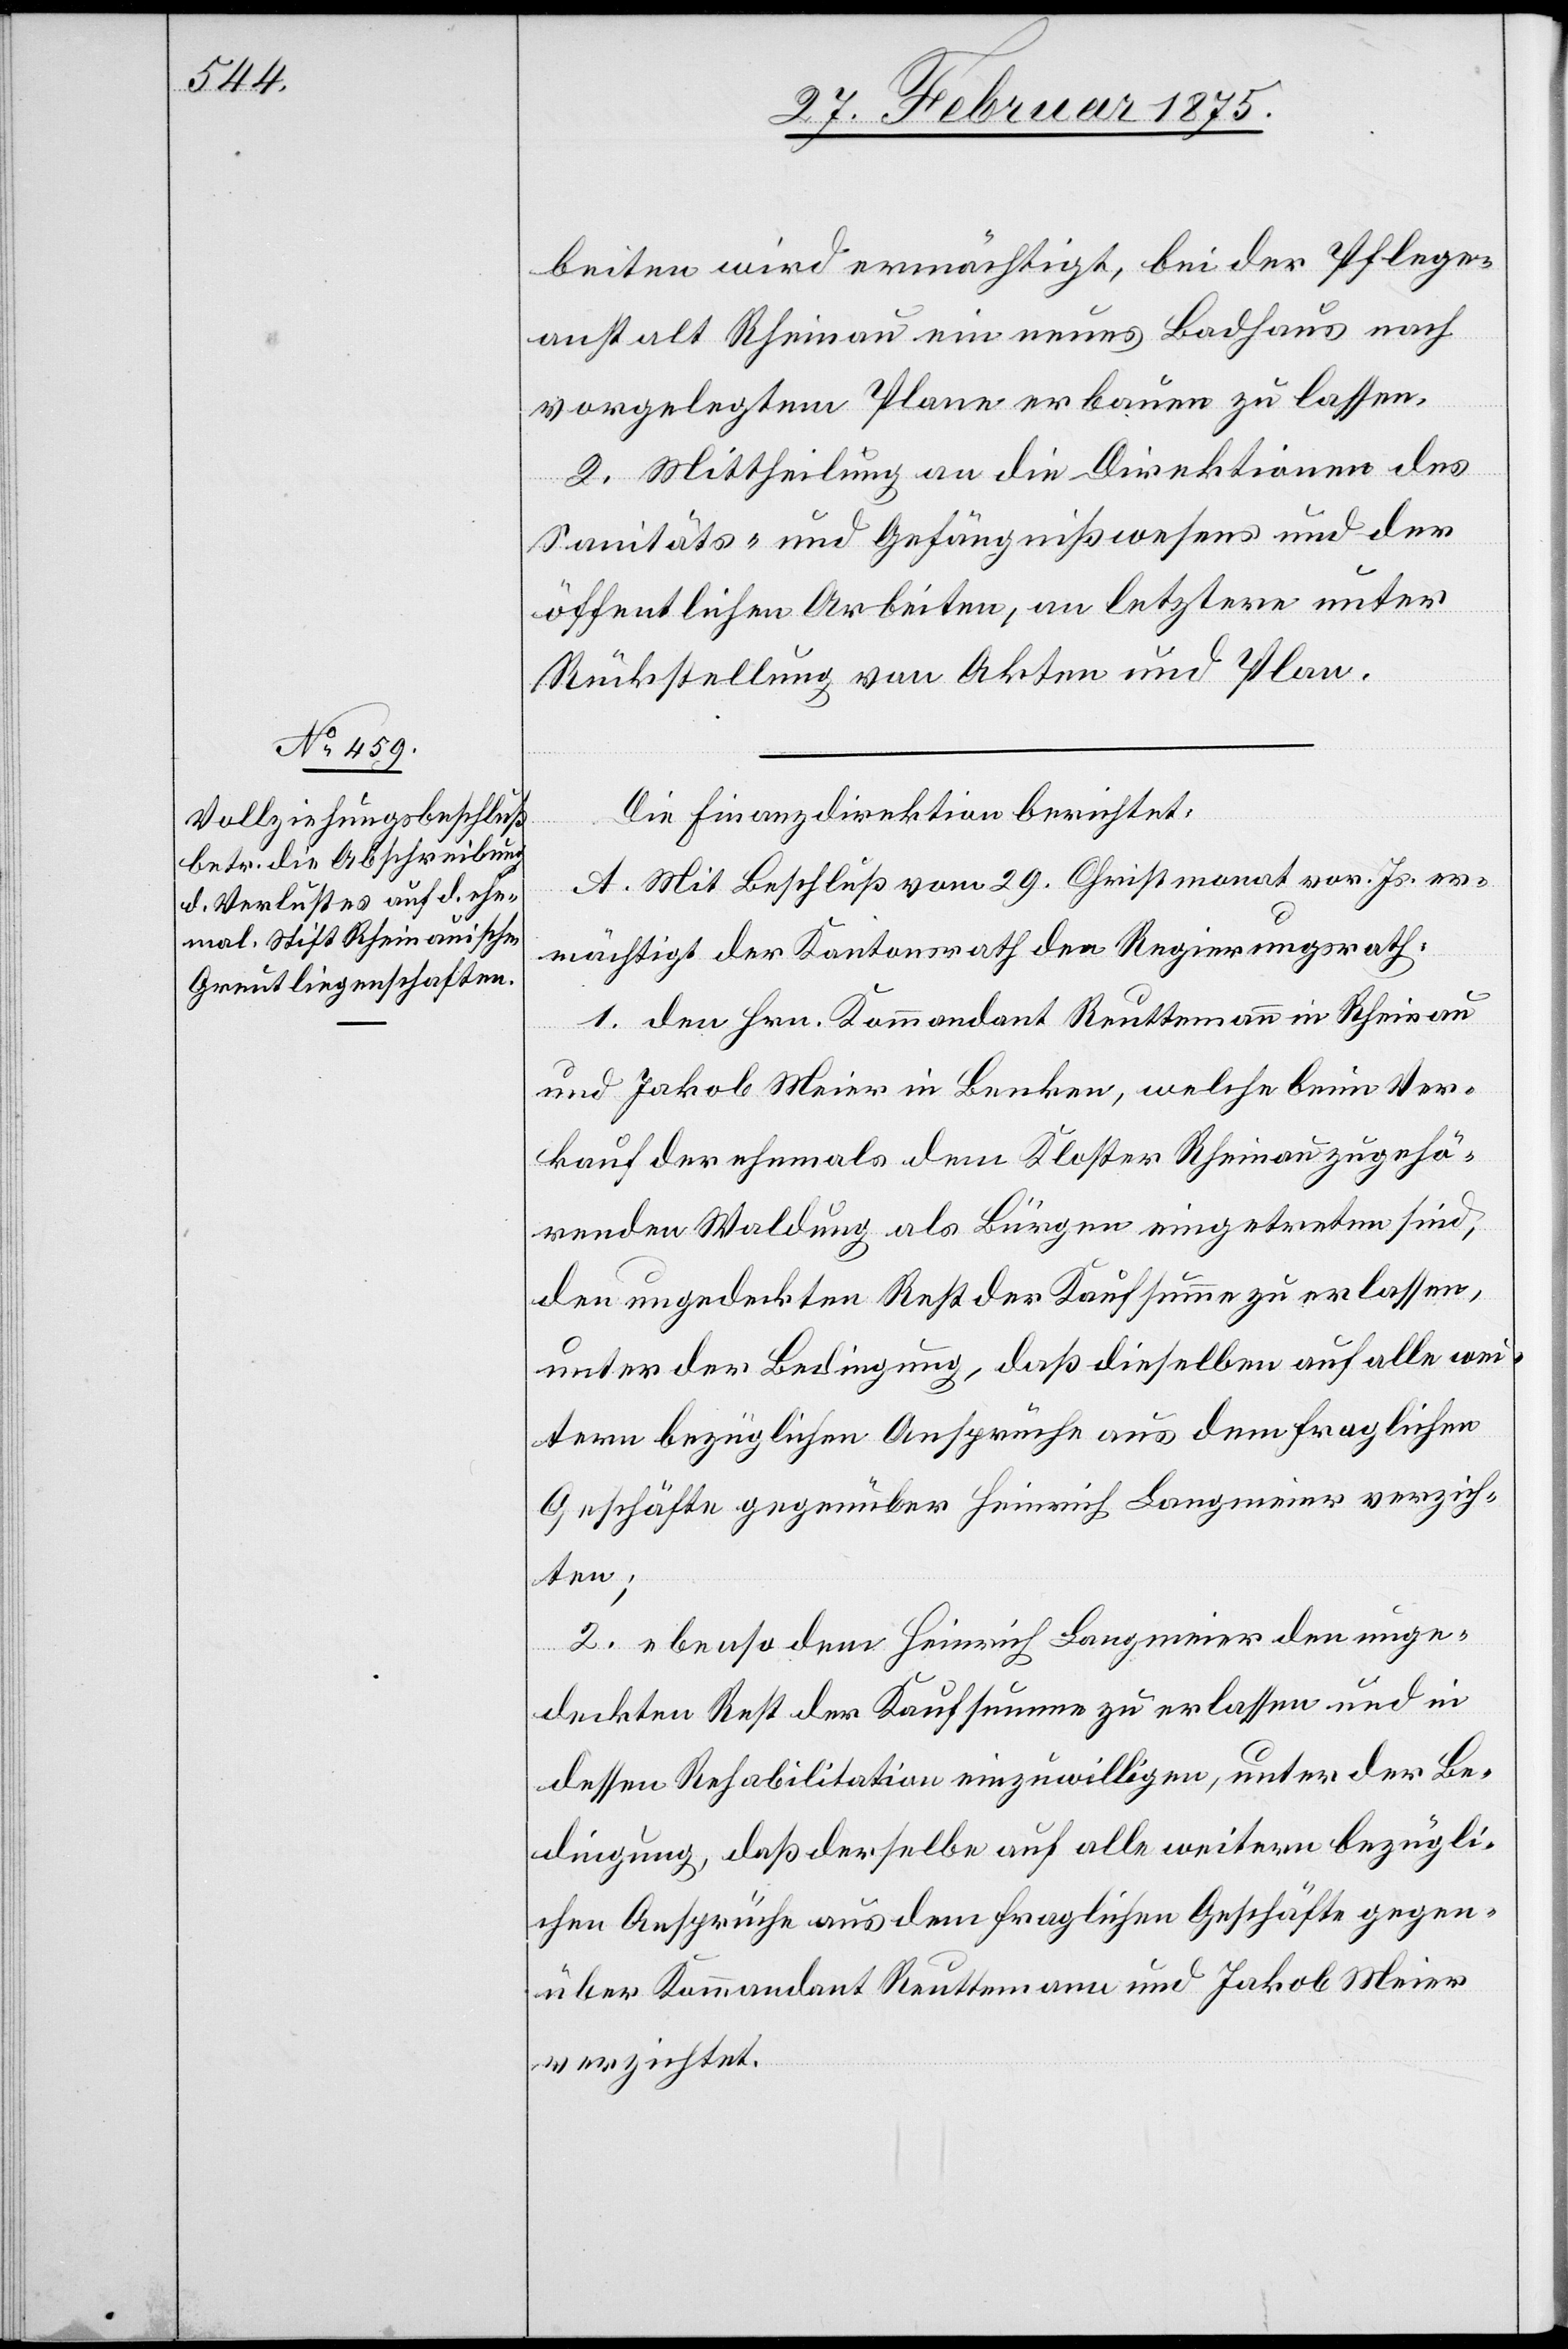
beiten wird ermächtigt, bei der Pflege¬
anstalt Rheinau ein neues Badhaus nach
vorgelegtem Plane erbauen zu lassen.
2. Mittheilung an die Direktionen des
Sanitäts- und Gefängnißwesens und der
öffentlichen Arbeiten, an letztere unter
Rückstellung von Akten und Plan.
Die Finanzdirektion berichtet:
A. Mit Beschluß vom 29. Christmonat vor. Js. er¬
mächtigt der Kantonsrath den Regierungsrath:
1. den Hrn. Kommandant Reuttemann im Rheinau
und Jakob Meier in Benken, welche beim Ver¬
kauf der ehemals dem Kloster Rheinau zugehö¬
renden Waldung als Bürgen eingetreten sind,
den ungedeckten Rest der Kaufsumme zu erlassen,
unter der Bedingung, daß dieselben auf alle wei¬
tern bezüglichen Ansprüche aus dem fraglichen
Geschäfte gegenüber Heinrich Langmeier verzich¬
ten;
2. ebenso dem Heinrich Langmeier den unge¬
deckten Rest der Kaufsumme zu erlassen und in
dessen Rehabilitation einzuwilligen, unter der Be¬
dingung, daß derselbe auf alle weitern bezügli¬
chen Ansprüche aus dem fraglichen Geschäfte gegen¬
über Kommandant Reuttemann und Jakob Meier
verzichtet.